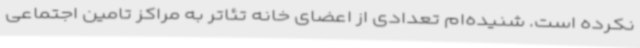
نکرده است. شنیده‌ام تعدادی از اعضای خانه تئاتر به مراکز تامین اجتماعی